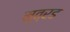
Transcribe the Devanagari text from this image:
मुत्रड